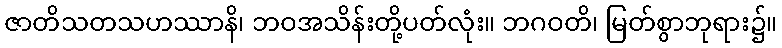
ဇာတိသတသဟဿာနိ၊ ဘဝအသိန်းတို့ပတ်လုံး။ ဘဂဝတိ၊ မြတ်စွာဘုရား၌။